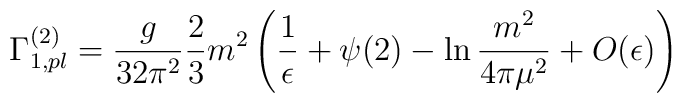
\Gamma _{1,pl}^{(2)}=\frac{g}{32\pi^2}\frac23m^2\left(\frac{1}{\epsilon}+\psi(2)-\ln\frac{m^2}{4\pi\mu^2}+O(\epsilon)\right)